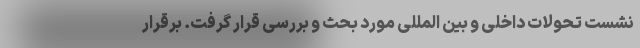
نشست تحولات داخلی و بین المللی مورد بحث و بررسی قرار گرفت. برقرار